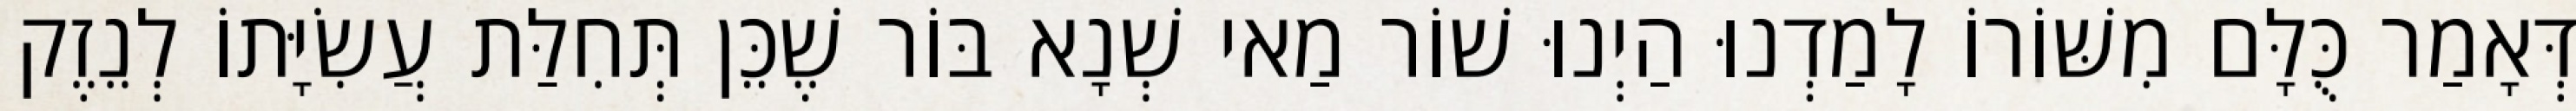
דְּאָמַר כֻּלָּם מִשּׁוֹרוֹ לָמַדְנוּ הַיְנוּ שׁוֹר מַאי שְׁנָא בּוֹר שֶׁכֵּן תְּחִלַּת עֲשִׂיָּתוֹ לְנֵזֶק